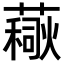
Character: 𧀚